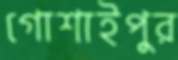
গোশাইপুর